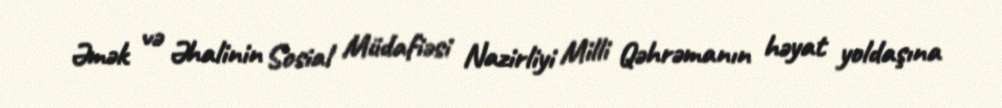
Əmək və Əhalinin Sosial Müdafiəsi Nazirliyi Milli Qəhrəmanın həyat yoldaşına